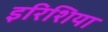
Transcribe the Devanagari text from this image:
इरिशिया